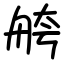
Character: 舿